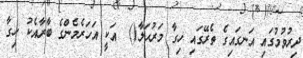
ދިރުވުމުގައި އަނގައިގެ ތެރޭގައި ހިގާ މަރުޙަލާ()  އަކީ އަހަރެމެންގެ ބާރާއެކު ހިގާ